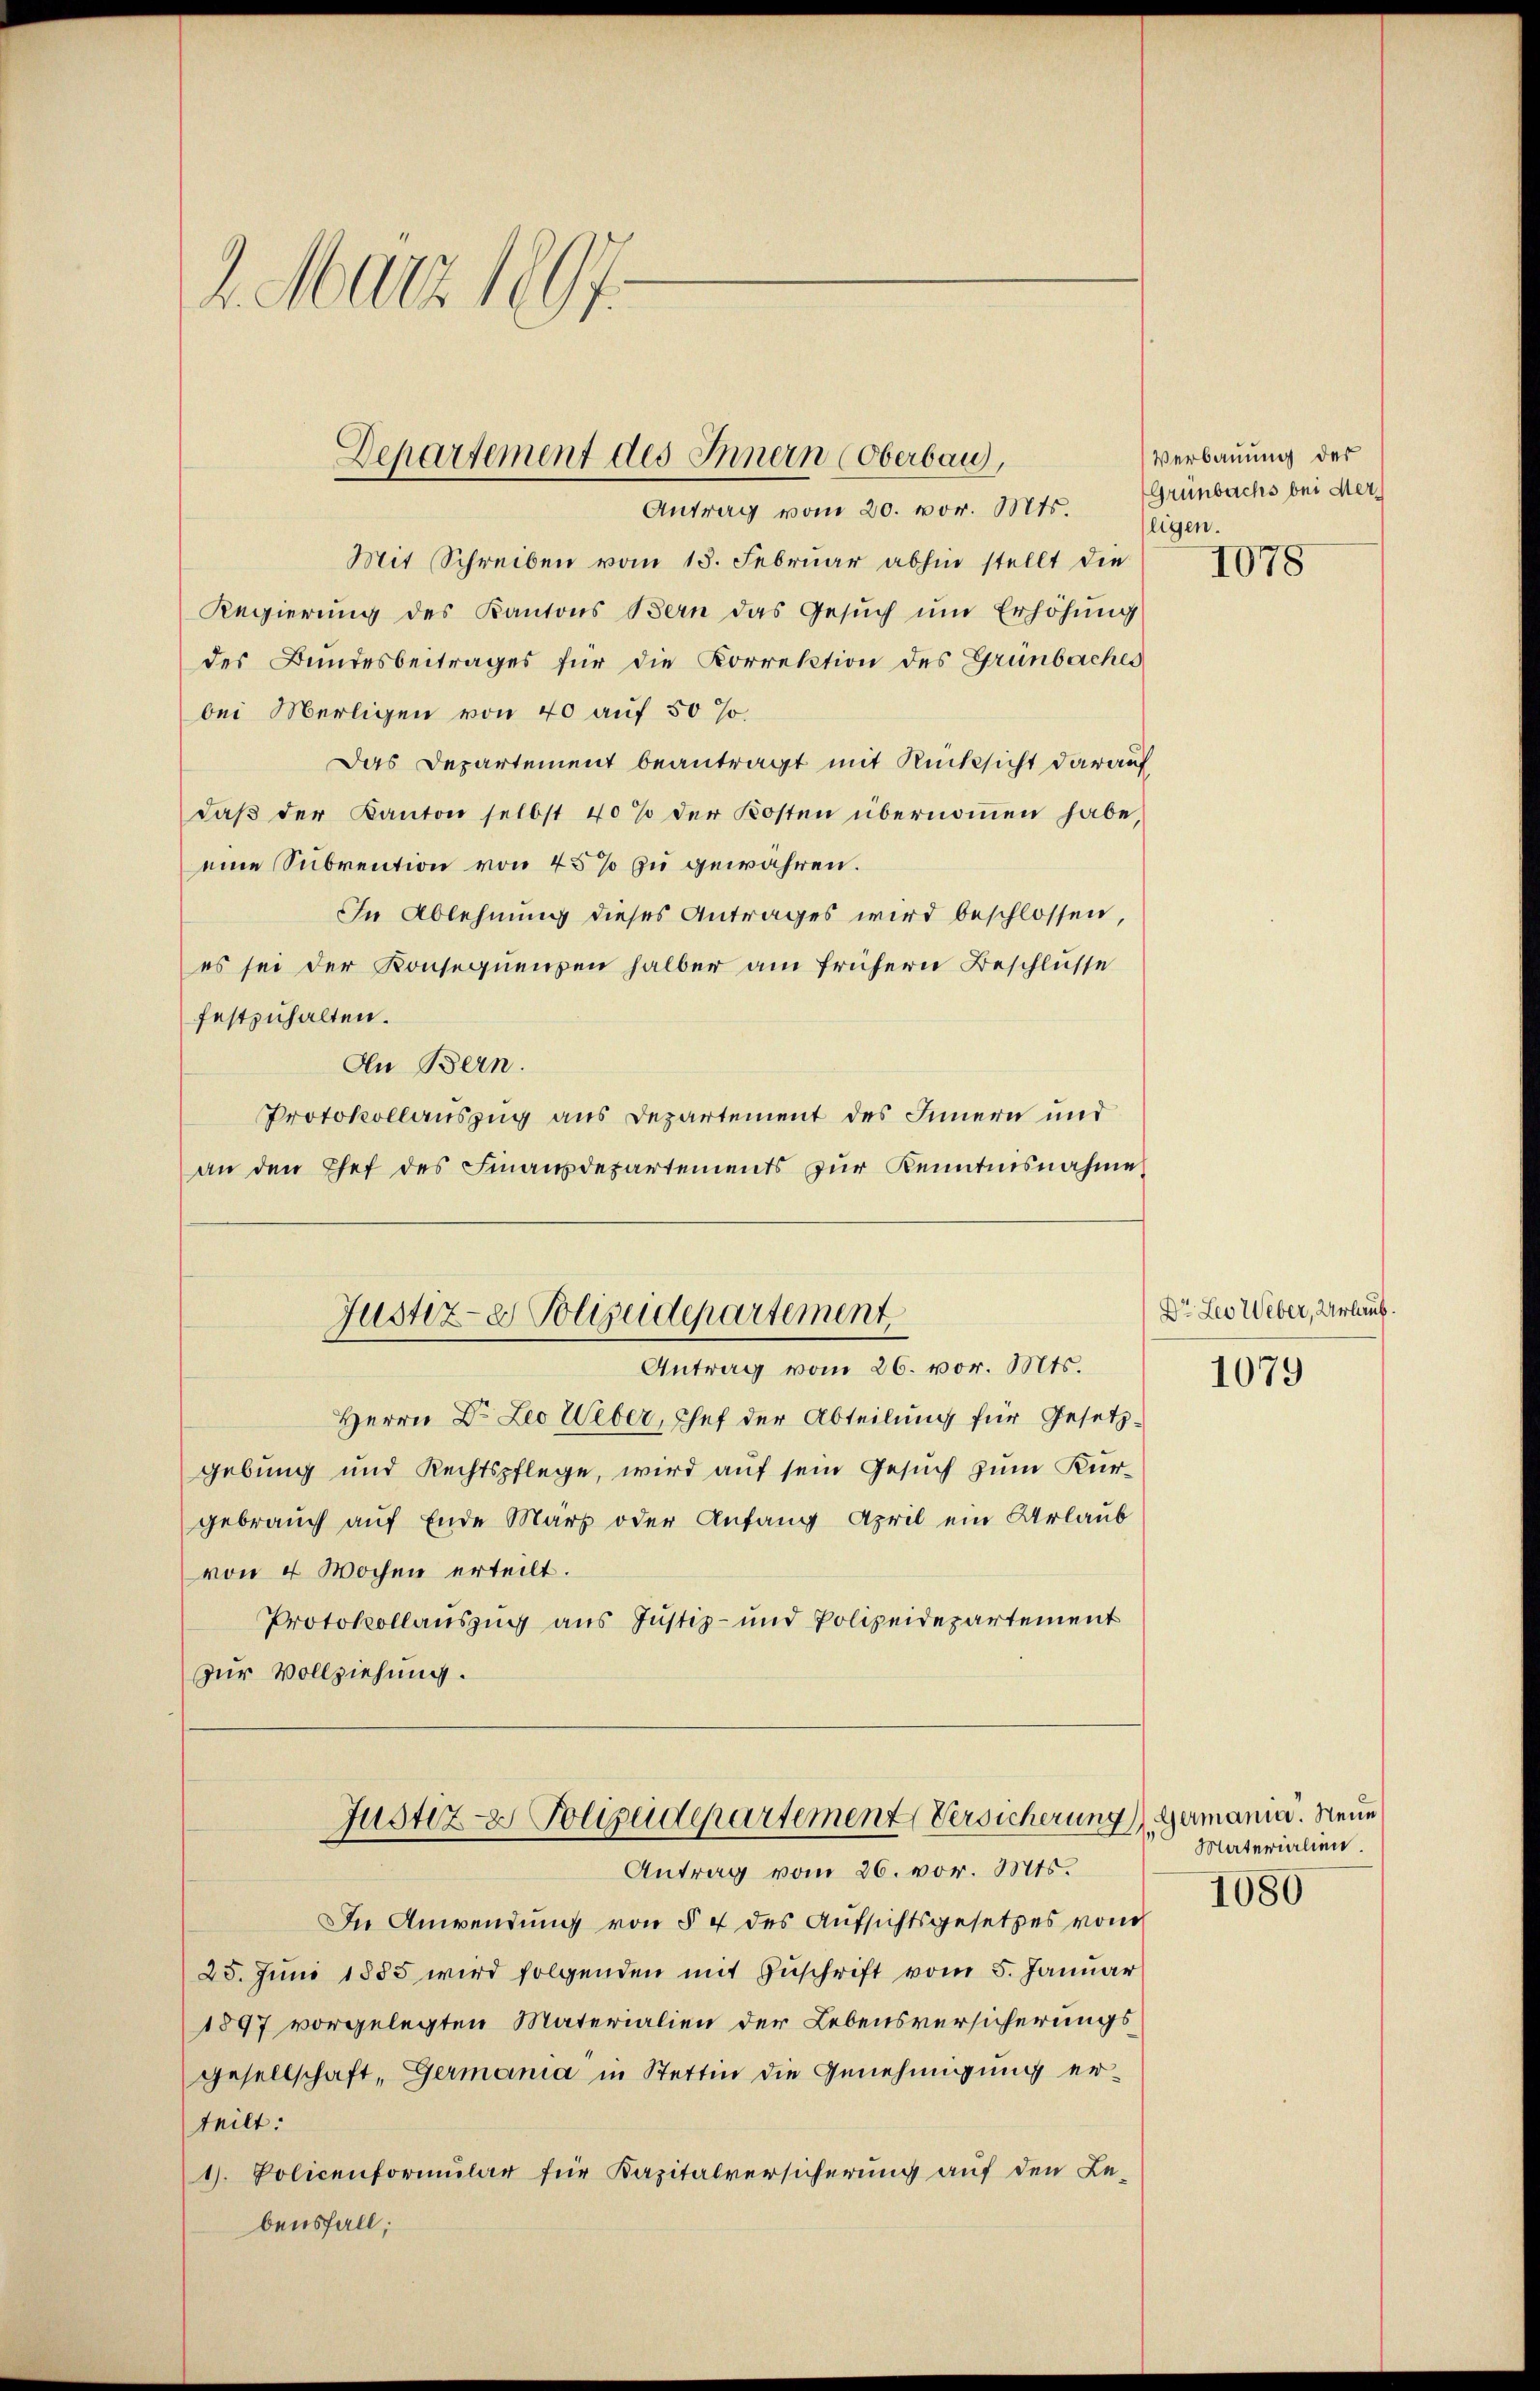
2. März 1897.

Departement des Innern (Oberbau,
Antrag vom 20. vor. Mts.

Mit Schreiben vom 18. Februar abhin stellt die
Regierung des Kantons Bern das Gesŭch ŭm Erhöhung
des Bundesbeitrages für die Korrektion des Grünbaches
bei Merligen von 40 auf 50 %
Das Departement beantragt mit Rücksicht darauf
daß der Kanton selbst 40% der Kosten übernommen habe,
eine Subvention von 45 % zu gewähren.
In Ablehnung dieses Antrages wird beschlossen,
es sei der Konsequenzen halber am frühern Beschlüsse
festzuhalten.
An Bern.
Protokollauszug aus Departement des Innern und
an den Chef des Finanzdepartements zŭr Kenntnisnahme
Justiz- & Polizeidepartement
Antrag vom 26. vor. Mts.
Herrn Dr. Leo Weber, Chef der Abteilung für Gesetzgebung und Rechtspflege, wird auf sein Gesuch zum Kurgebrauch auf Ende März oder Anfang April ein Urlaub
von 4 Wochen erteilt.
Protokollauszug aus Justiz- und Polizeidepartement
zur Vollziehung.

Justiz- & Polizeidepartement Versicherung Germania. Neue
Antrag vom 26. vor. Mts.

In Anwendung von § 4 des Aufsichtsgesetzes von
25. Juni 1885 wird folgenden mit Zuschrift vom 5. Januar
1897 vorgelegten Materialien der Lebensversicherungsgesellschaft, Germania in Stettin die Genehmigung erteilt:
1. Policenformular für Kapitalversicherung auf den Le-
bensfall;

Verbauung des
Grünbachs bei Merligen.
1078

Dr. Leo Weber, Urlaub.
1079

Materialien.
1080